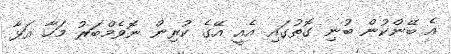
އެ ބޭންކުން ބުނި ގޮތުގައި އެއީ އޭގެ ކުރިން ނޮވެމްބަރު މަހާ އަޅާ